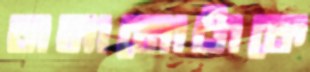
বানানোটাকে